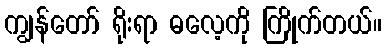
ကျွန်တော် ရိုးရာ ဓလေ့ကို ကြိုက်တယ်။